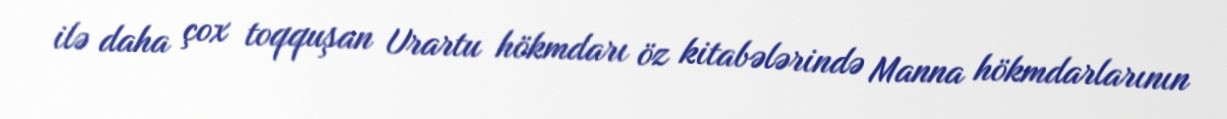
ilə daha çox toqquşan Urartu hökmdarı öz kitabələrində Manna hökmdarlarının